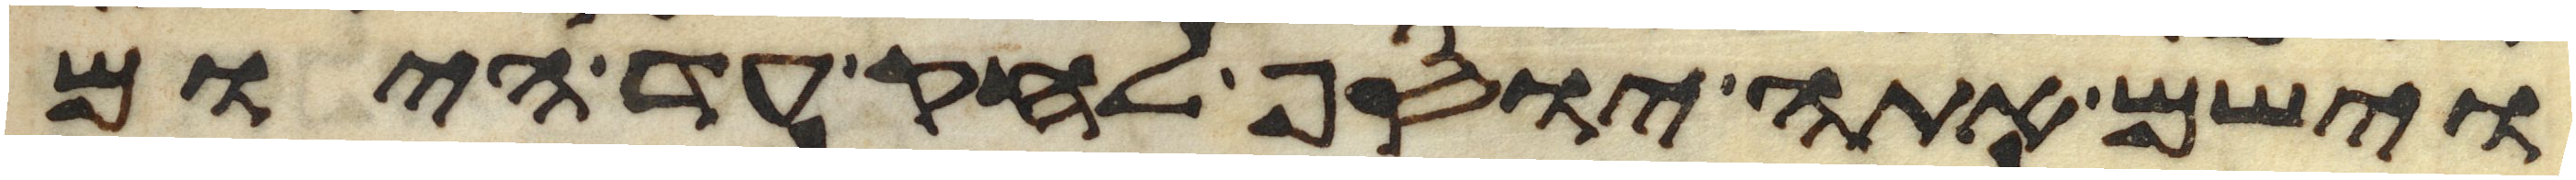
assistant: וישם אתה יוסף לחק עד היום